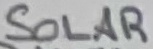
Text: SOLAR